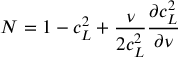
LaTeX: N = 1 - c _ { L } ^ { 2 } + \frac \nu { 2 c _ { L } ^ { 2 } } \frac { \partial c _ { L } ^ { 2 } } { \partial \nu }